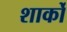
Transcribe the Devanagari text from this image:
शार्को